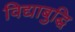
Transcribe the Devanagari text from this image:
विद्याबुद्धि